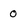
Character: 0